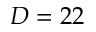
D = 2 2